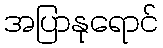
အပြာနုရောင်